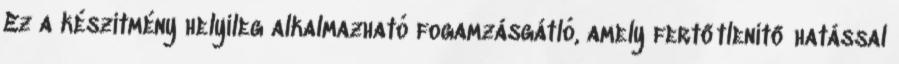
Ez a készítmény helyileg alkalmazható fogamzásgátló, amely fertőtlenítő hatással